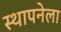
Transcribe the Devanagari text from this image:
स्‍थापनेला